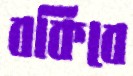
বকিবে